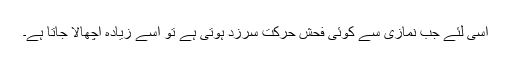
اسی لئے جب نمازی سے کوئی فحش حرکت سرزد ہوتی ہے تو اسے زیادہ اچھالا جاتا ہے۔